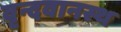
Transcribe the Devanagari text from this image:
वृन्दवानस्थ